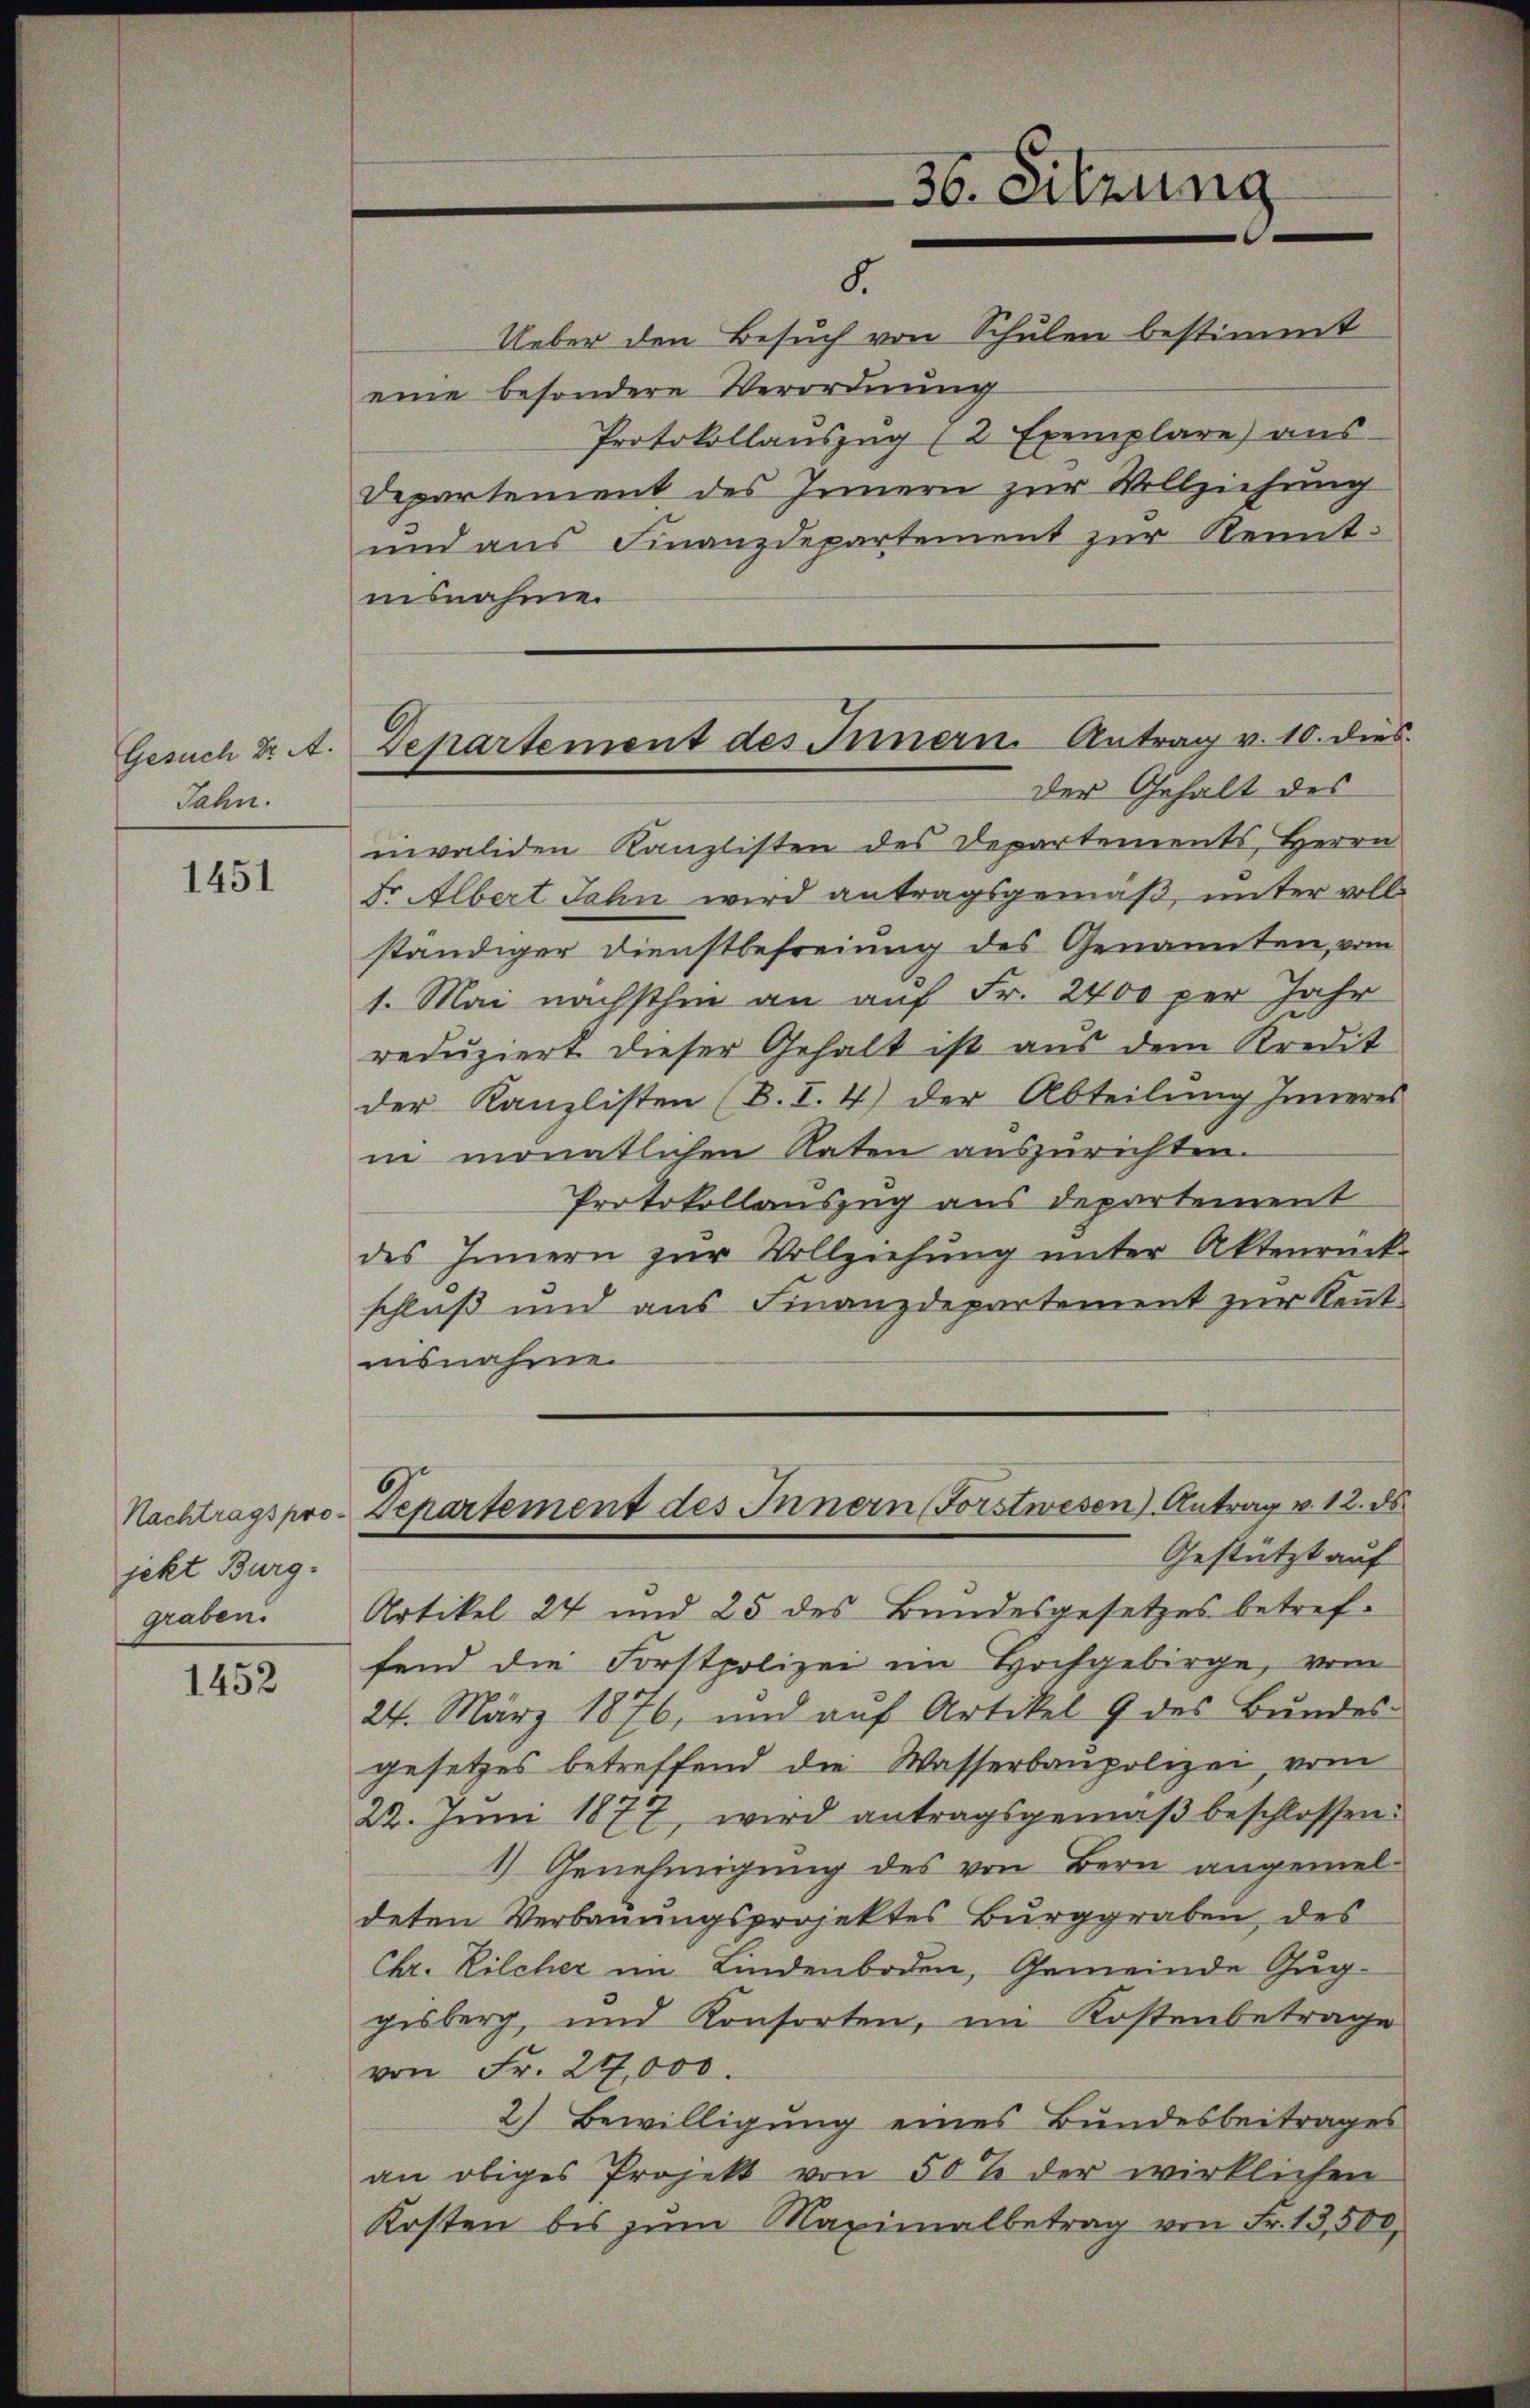
36. Sitzung
Ueber den Besuch von Schulen bestimmt

8.

eine besondere Verordnung
Protokollanszŭg (2 Exemplare) aus
Departement des Innern zur Vollziehung
und aus Finanzdepartement zur Kenntiisnahme.
invaliden Kanzlisten des Departements, Herrn
Dr. Albert Jahn wird antragsgemäß, unter voll
ständiger Dienstbefreiung des Genannten, vom
1. Mai nächsthin an auf Fr. 2400 per Jahr
reduziert dieser Gehalt ist aus dem Kredit
der Kanzlisten (B. I. 4) der Abteilung Inneres
in monatlichen Raten auszurichten.
Protokollauszug aus departement
des Innern zur Vollziehung unter Aktenrück
schluß und aus Finanzdepartement zur Kenntnisnahme.
Departement des Innern (Forstwesen) Antrag v. 12. ds.
Gestützt auf
Artikel 24 und 25 des Bundesgesetzes betreffend die Forstpolizei im Hochgebirge, vom
24. März 1876, und auf Artikel 9 des Bundes-
gesetzes betreffend die Wasserbaupolizei, vom
22. Juni 1877, wird antragsgemäβ beschlossen:
1) Genehmigung des von Bern angemeldeten Verbauungsprojektes Burggraben des
Chr. Kilcher im Lindenboden, Gemeinde Guggisberg und Konsorten, im Kostenbetrage
von Fr. 27,000.
2) Bewilligung eines Bundesbeitrages
an obiges Projekt von 50% der wirklichen
Kosten bis zum Maximalbetrag von Fr. 13,500,

Departement des Innern. Antrag v. 10. dies
Der Gehalt des

Gesuch Dr A.
Jahn.

1451

Nachtragspro
jekt Burg.
graben.

1452